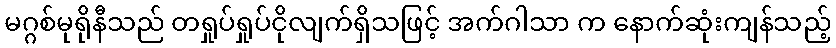
မဂ္ဂစ်မုရိုနီသည် တရှုပ်ရှုပ်ငိုလျက်ရှိသဖြင့် အက်ဂါသာ က နောက်ဆုံးကျန်သည့်